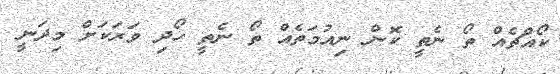
ކޯއްޗެއް ތޯ ނެތީ ކޮން ނިއުމަތެއް ތޯ ނެތީ ހޯދި ވަރަކަށް މިދަނީ